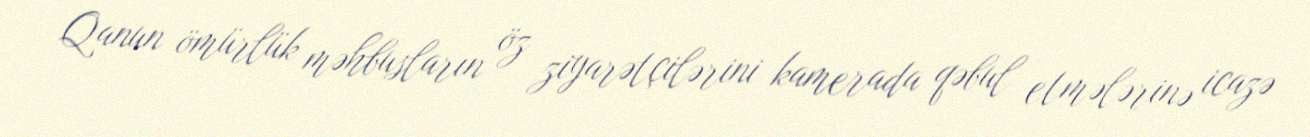
Qanun ömürlük məhbusların öz ziyarətçilərini kamerada qəbul etmələrinə icazə